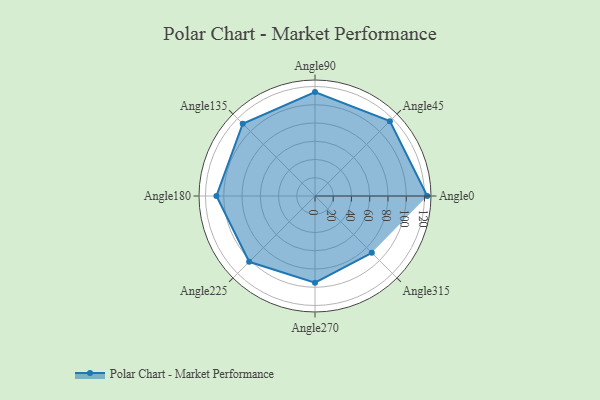
{"axis": {"x": "Angle", "y": "Radius"}, "legend": [""], "data": [{"x": "Angle0", "y": 123.0, "type": ""}, {"x": "Angle45", "y": 116.0, "type": ""}, {"x": "Angle90", "y": 114.0, "type": ""}, {"x": "Angle135", "y": 112.0, "type": ""}, {"x": "Angle180", "y": 108.0, "type": ""}, {"x": "Angle225", "y": 102.0, "type": ""}, {"x": "Angle270", "y": 95.0, "type": ""}, {"x": "Angle315", "y": 88.0, "type": ""}]}